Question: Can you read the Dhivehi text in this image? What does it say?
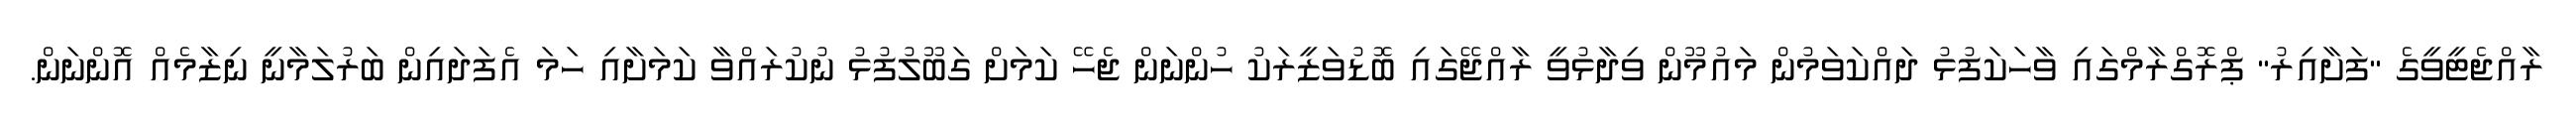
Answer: ރާއްޖެޓީވީގެ "ފަށާއިރު" ޕްރޮގްރާމްގައި ވާހަކަފުޅު ދައްކަވަމުން މައުމޫން ވިދާޅުވީ ރާއްޖޭގައި ބޮޑުވަޒީރަކު ހުންނަން ޖެހޭ ކަމަށް ގަބޫލުފުޅު ނުކުރައްވާ ކަމަށާއި ހަމަ އެފަދައިން ބަރުލަމާނީ ނިޒާމެއް އޮންނަން.